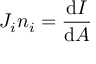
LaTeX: J _ { i } n _ { i } = { \frac { \mathrm { d } I } { \mathrm { d } A } } \,